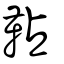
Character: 䩞